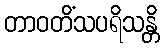
တာဝတိံသပရိသန္တိ